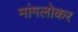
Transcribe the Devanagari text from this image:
मांगलोकर